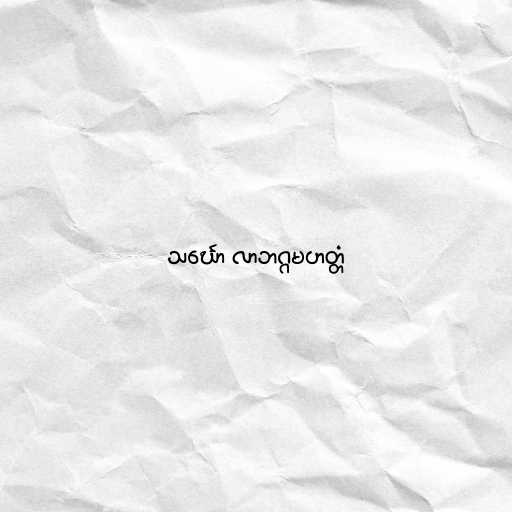
သင်္ဃော လာဘဂ္ဂမဟတ္တံ